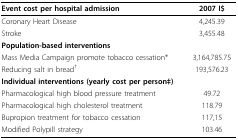
<table><thead><tr><td><b>Event cost per hospital admission</b></td><td><b>2007 I$</b></td></tr></thead><tbody><tr><td>Coronary Heart Disease</td><td>4,245.39</td></tr><tr><td>Stroke</td><td>3,455.48</td></tr><tr><td><b>Population-based interventions</b></td><td></td></tr><tr><td>Mass Media Campaign promote tobacco cessation*</td><td>3,164,785.75</td></tr><tr><td>Reducing salt in bread<sup>†</sup></td><td>193,576.23</td></tr><tr><td><b>Individual interventions (yearly cost per person‡)</b></td><td></td></tr><tr><td>Pharmacological high blood pressure treatment</td><td>49.72</td></tr><tr><td>Pharmacological high cholesterol treatment</td><td>118.79</td></tr><tr><td>Bupropion treatment for tobacco cessation</td><td>117,15</td></tr><tr><td>Modified Polypill strategy</td><td>103.46</td></tr></tbody></table>